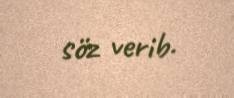
söz verib.